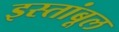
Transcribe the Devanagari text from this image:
इस्तांबूल